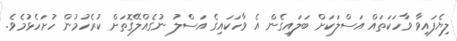
ލިޔެފައިވާ ވާހަކަތައް އަސްލަކަށް ބަލައިގެން އެ ވާހަކައިގެ އަސްލު ނުގެއްލޭގޮތަށް ކުރެހުމުން ހުށަހެޅުމެވެ.